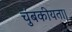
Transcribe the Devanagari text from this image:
चुंबकीयता।